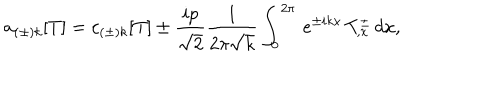
a _ { ( \pm ) k } [ T ] = c _ { ( \pm ) k } [ T ] \pm { \frac { i p } { \sqrt { 2 } } } { \frac { 1 } { 2 \pi \sqrt { k } } } \int _ { 0 } ^ { 2 \pi } \, e ^ { \pm i k x } \, T _ { , x } ^ { \pm } \, d x ,